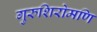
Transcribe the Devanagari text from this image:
गुरुशिरोमणि